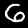
Digit: 6